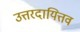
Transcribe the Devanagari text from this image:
उत्तरदायित्तव